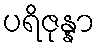
ပရိဇုန္နာ